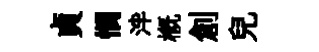
貞憫泮槪創兒